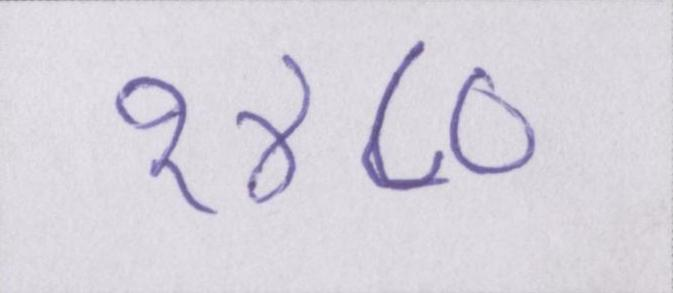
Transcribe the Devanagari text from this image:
१४८०